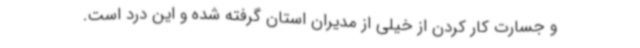
و جسارت کار کردن از خیلی از مدیران استان گرفته شده و این درد است.